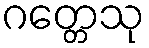
ဂတ္တေသု